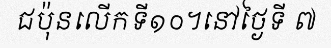
ជប៉ុនលើកទី១០។នៅថ្ងៃទី ៧